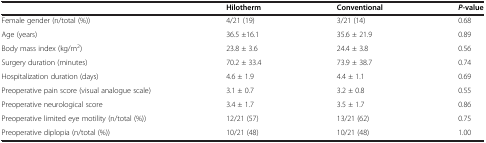
|  | Hilotherm | Conventional | P-value |
 | --- | --- | --- | --- |
 | Female gender (n/total (%)) | 4/21 (19) | 3/21 (14) | 0.68 |
 | Age (years) | 36.5 ±16.1 | 35.6 ± 21.9 | 0.89 |
 | Body mass index (kg/m2) | 23.8 ± 3.6 | 24.4 ± 3.8 | 0.56 |
 | Surgery duration (minutes) | 70.2 ± 33.4 | 73.9 ± 38.7 | 0.74 |
 | Hospitalization duration (days) | 4.6 ± 1.9 | 4.4 ± 1.1 | 0.69 |
 | Preoperative pain score (visual analogue scale) | 3.1 ± 0.7 | 3.2 ± 0.8 | 0.55 |
 | Preoperative neurological score | 3.4 ± 1.7 | 3.5 ± 1.7 | 0.86 |
 | Preoperative limited eye motility (n/total (%)) | 12/21 (57) | 13/21 (62) | 0.75 |
 | Preoperative diplopia (n/total (%)) | 10/21 (48) | 10/21 (48) | 1.00 |